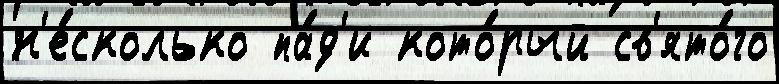
н'е́сколько па́д'и кото́рый св'ято́го